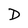
Character: D